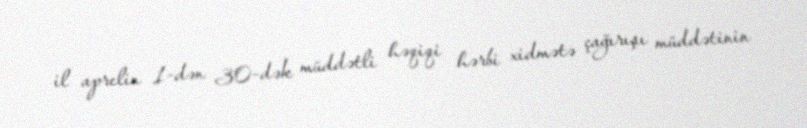
il aprelin 1-dən 30-dək müddətli həqiqi hərbi xidmətə çağırışı müddətinin